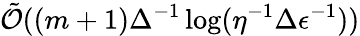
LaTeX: \tilde{\mathcal{O}}((m+1)\Delta^{-1}\log(\eta^{-1}\Delta\epsilon^{-1}))